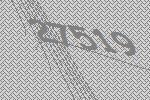
27519